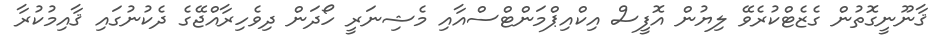
ޤާނޫނީގޮތުން ގެޒެޓްކުރެވޭ ލިޔުން އޮފީސް އިކްއިޕްމަންޓްސްއާއި މެޝިނަރީ ހޯދަން ދިވެހިރާއްޖޭގެ ދެކުނުގައި ޤާއިމުކުރާ